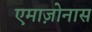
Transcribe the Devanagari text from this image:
एमाज़ोनास